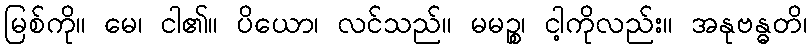
မြစ်ကို။ မေ၊ ငါ၏။ ပိယော၊ လင်သည်။ မမဉ္စ၊ ငါ့ကိုလည်း။ အနုဗန္ဓတိ၊